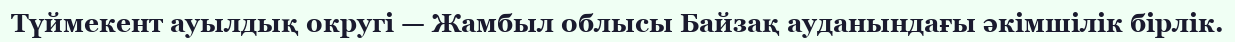
Түймекент ауылдық округі — Жамбыл облысы Байзақ ауданындағы әкімшілік бірлік.